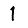
Digit: 1